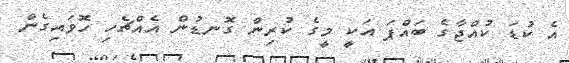
އެ ކުޑަ ކުއްޖާގެ ބައްޕަ އަކީ މީގެ ކުރިން ގޮނޑުން އެއްޗެހި ހޮވައިގެން